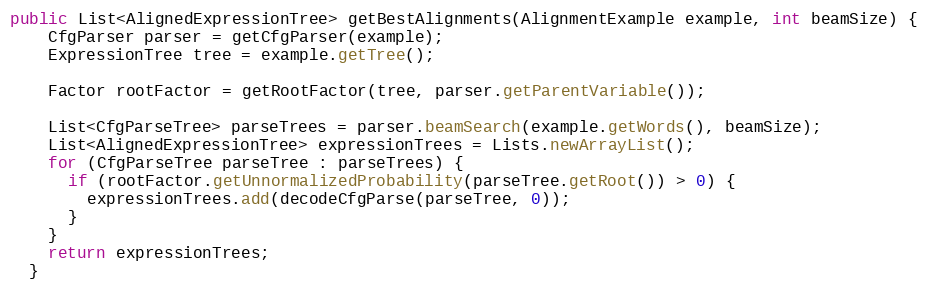
Language: Java
public List<AlignedExpressionTree> getBestAlignments(AlignmentExample example, int beamSize) {
    CfgParser parser = getCfgParser(example);
    ExpressionTree tree = example.getTree();

    Factor rootFactor = getRootFactor(tree, parser.getParentVariable());

    List<CfgParseTree> parseTrees = parser.beamSearch(example.getWords(), beamSize);
    List<AlignedExpressionTree> expressionTrees = Lists.newArrayList();
    for (CfgParseTree parseTree : parseTrees) {
      if (rootFactor.getUnnormalizedProbability(parseTree.getRoot()) > 0) {
        expressionTrees.add(decodeCfgParse(parseTree, 0));
      }
    }
    return expressionTrees;
  }